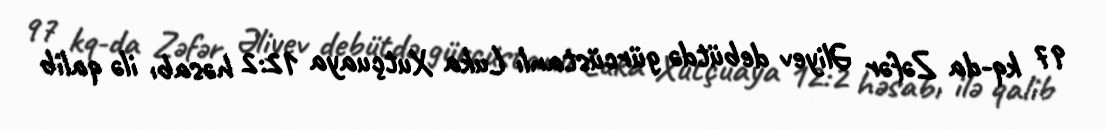
97 kq-da Zəfər Əliyev debütdə gürcüstanlı Luka Xutçuaya 12:2 həsabı ilə qalib